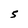
Character: 5